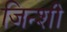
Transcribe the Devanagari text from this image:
जिन्शी